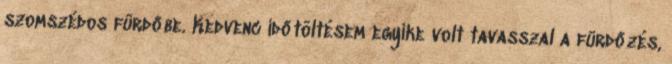
szomszédos fürdőbe. Kedvenc időtöltésem egyike volt tavasszal a fürdőzés,